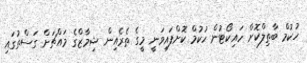
ހުކުމް ބާތިލްކޮށް ހައިކޯޓުން ހުކުމް ކޮށްފައިވަނީ މީގެ ތެރެއިން ޝިމާޒްގެ މައްޗަށް ގަސްތުގައި